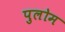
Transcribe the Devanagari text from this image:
पुलोम